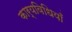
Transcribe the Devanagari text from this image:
कार्यविधियाँ